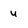
Character: u